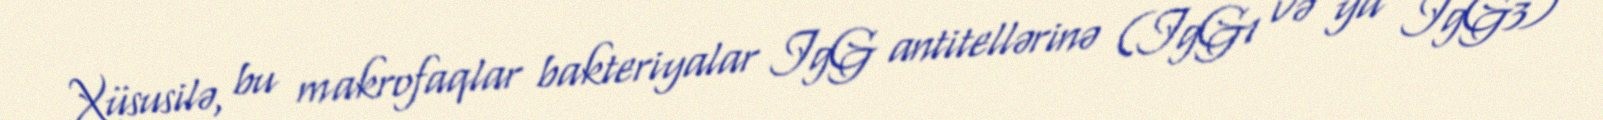
Xüsusilə, bu makrofaqlar bakteriyalar IgG antitellərinə (IgG1 və ya IgG3)